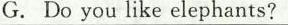
G. Do you like elephants?